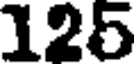
125